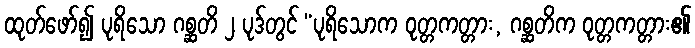
ထုတ်ဖော်၍ ပုရိသော ဂစ္ဆတိ ၂ ပုဒ်တွင် “ပုရိသောက ဝုတ္တကတ္တား, ဂစ္ဆတိက ဝုတ္တကတ္တား၏